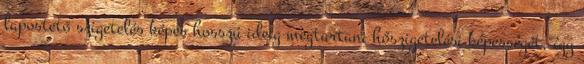
lapostető szigetelés képes hosszú ideig megtartani hőszigetelési képességét, így